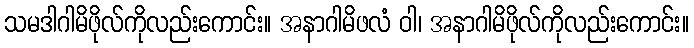
သမဒါဂါမိဖိုလ်ကိုလည်းကောင်း။ အနာဂါမိဖလံ ဝါ၊ အနာဂါမိဖိုလ်ကိုလည်းကောင်း။